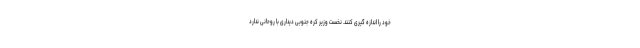
خود را اندازه گیری کنند. نخست وزیر کره جنوبی دیداری با روحانی ندارد